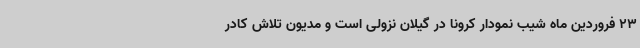
23 فروردین ماه شیب نمودار کرونا در گیلان نزولی است و مدیون تلاش کادر